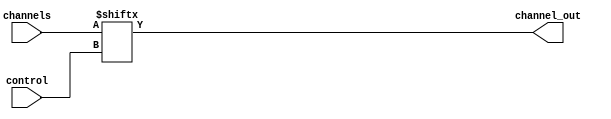
module multiplexer_1024to1 (
    input [1023:0] channels,
    input [9:0] control,
    output channel_out
);

assign channel_out = channels[control];

endmodule